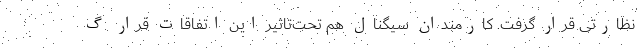
نظارتی قرار گرفت. کارمندان سیگنال هم تحت‌تاثیر این اتفاقات قرار گ